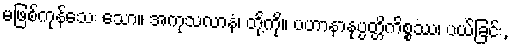
မဖြစ်ကုန်သေး သော။ အကုသလာနံ၊ တို့ကို။ ပဟာနာနုပ္ပတ္တိကိစ္စဿ၊ ပယ်ခြင်း,